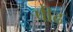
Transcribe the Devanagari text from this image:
पीढ